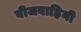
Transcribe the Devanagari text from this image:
वीजवाहिनी